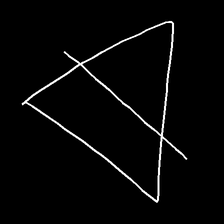
Glyph: empower